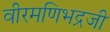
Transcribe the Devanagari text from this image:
वीरमणिभद्रजी